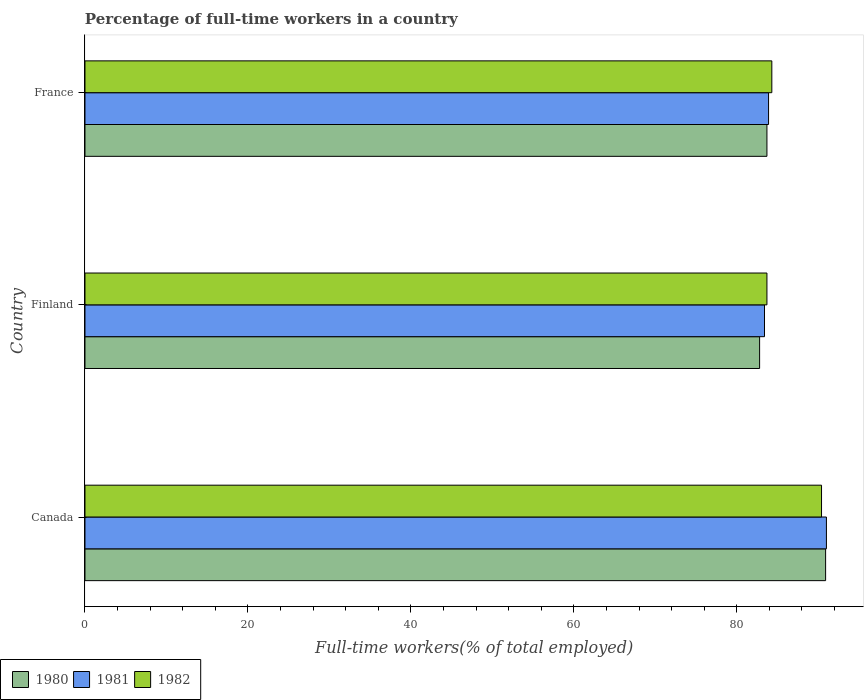
| Country | 1980 | 1981 | 1982 |
 | --- | --- | --- | --- |
 | Canada | 90.9 | 91 | 90.4 |
 | Finland | 82.8 | 83.4 | 83.7 |
 | France | 83.7 | 83.9 | 84.3 |